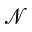
\mathcal { N }